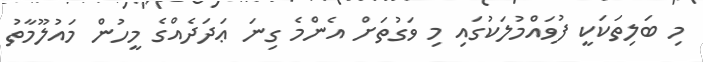
މި ބަލިތަކަކީ ފުވައްމުލަކުގައި މި ވަގުތަށް އެންމެ ގިނަ ޢަދަދެއްގެ މީހުން މައުލޫމާތު